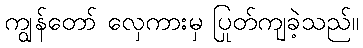
ကျွန်တော် လှေကားမှ ပြုတ်ကျခဲ့သည်။